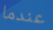
عندما